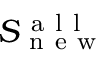
S _ { \mathrm { ~ n ~ e ~ w ~ } } ^ { \mathrm { ~ a ~ l ~ l ~ } }